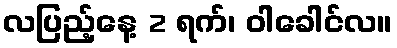
လပြည့်နေ့ 2 ရက်၊ ဝါခေါင်လ။